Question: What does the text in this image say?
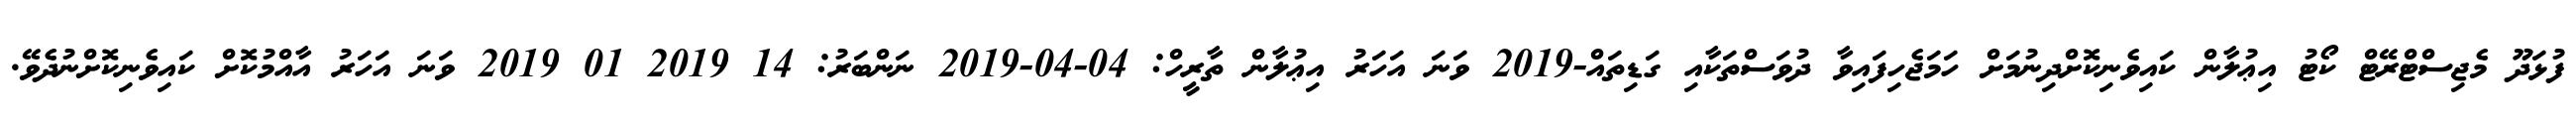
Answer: ފުޅަދޫ މެޖިސްޓްރޭޓް ކޯޓު އިޢުލާން ކައިވެނިކޮށްދިނުމަށް ހަމަޖެހިފައިވާ ދުވަސްތަކާއި ގަޑިތައް-2019 ވަނަ އަހަރު އިޢުލާން ތާރީހް: 04-04-2019 ނަންބަރު: 14 2019 01 2019 ވަނަ އަހަރު އާއްމުކޮށް ކައިވެނިކޮށްނުދެވޭ.